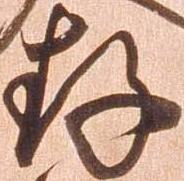
存